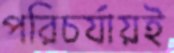
পরিচর্যায়ই